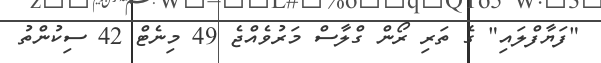
"ފަޔާފްލައި" ގެ ތަރި ރޯން ގްލާސް މަރުވެއްޖެ 49 މިނެޓް 42 ސިކުންތު